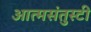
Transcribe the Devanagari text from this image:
आत्मसंतुस्टी